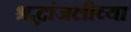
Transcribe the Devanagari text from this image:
श्रद्धांजलीच्या